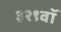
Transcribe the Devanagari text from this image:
३२९वॉ